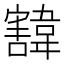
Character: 𩏓